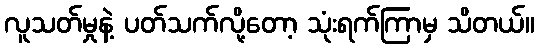
လူသတ်မှုနဲ့ ပတ်သက်လို့တော့ သုံးရက်ကြာမှ သိတယ်။